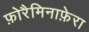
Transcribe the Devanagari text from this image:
फ़ोरैमिनाफ़ेरा